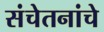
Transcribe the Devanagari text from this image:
संचेतनांचे